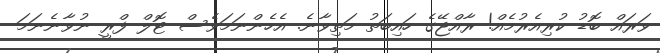
ވަރައް ބޮޑު ކުރިއެރުމެއް! ރާއްޖޭގެ ހައިބަތު މަތިވާނެ. އެހެންނަމަވެސް ޓޮލް ފްރީ ނުވާނެނަމަ